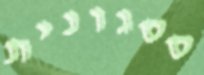
ססגונית